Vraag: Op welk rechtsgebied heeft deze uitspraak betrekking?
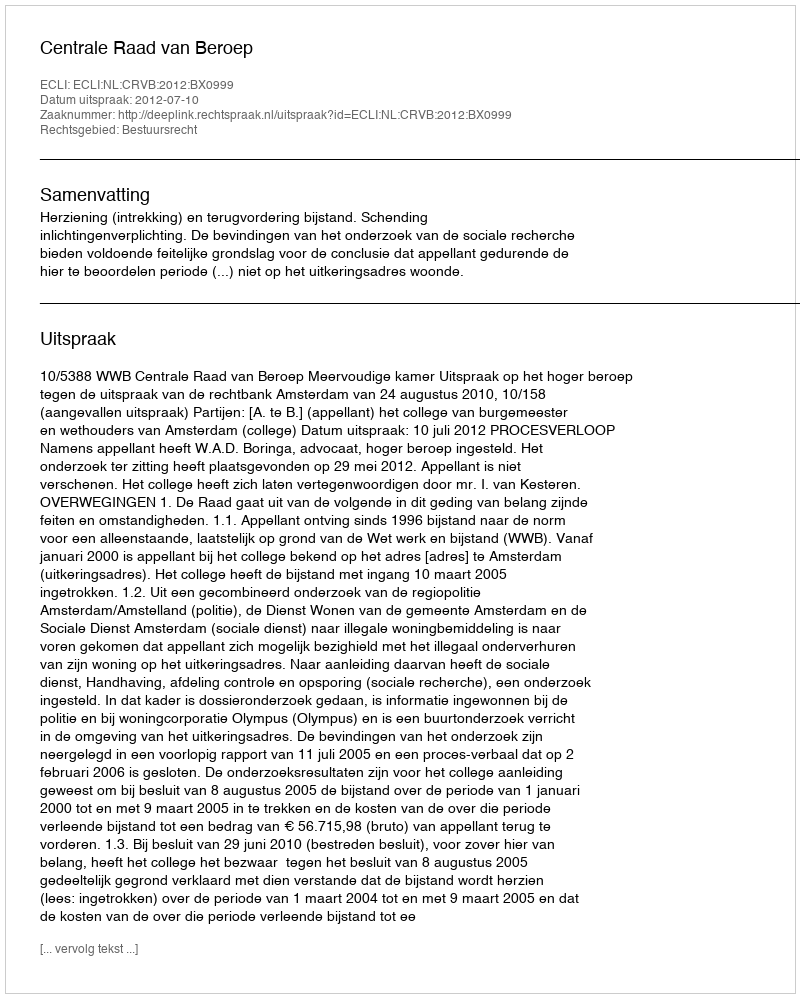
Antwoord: Bestuursrecht